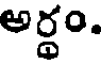
అర్థం.